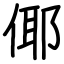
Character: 倻